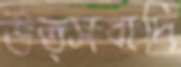
উত্সবাদি